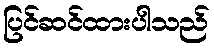
ပြင်ဆင်ထားပါသည်